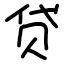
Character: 贷